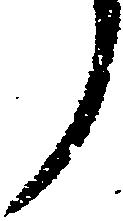
了